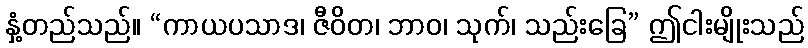
နှံ့တည်သည်။ “ကာယပသာဒ၊ ဇီဝိတ၊ ဘာဝ၊ သုက်၊ သည်းခြေ” ဤငါးမျိုးသည်